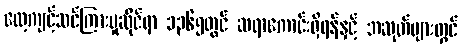
လေ့ကျင့်သင်ကြားမှုဆိုင်ရာ ၁၃၆၅တွင် ဆရာကောင်းရှိရန်နှင့် အဆုတ်များတွင်